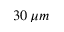
3 0 \, \mu m